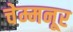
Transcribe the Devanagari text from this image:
चेम्मनूर